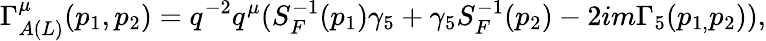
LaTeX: \Gamma_{A(L)}^{\mu}(p_{1},p_{2})=q^{-2}q^{\mu}(S_{F}^{-1}(p_{1})\gamma_{5}+\gamma_{5}S_{F}^{-1}(p_{2})-2im\Gamma_{5}(p_{1,}p_{2})),